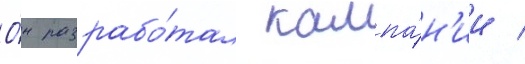
О́н разрабо́тал кампа́н'ии /